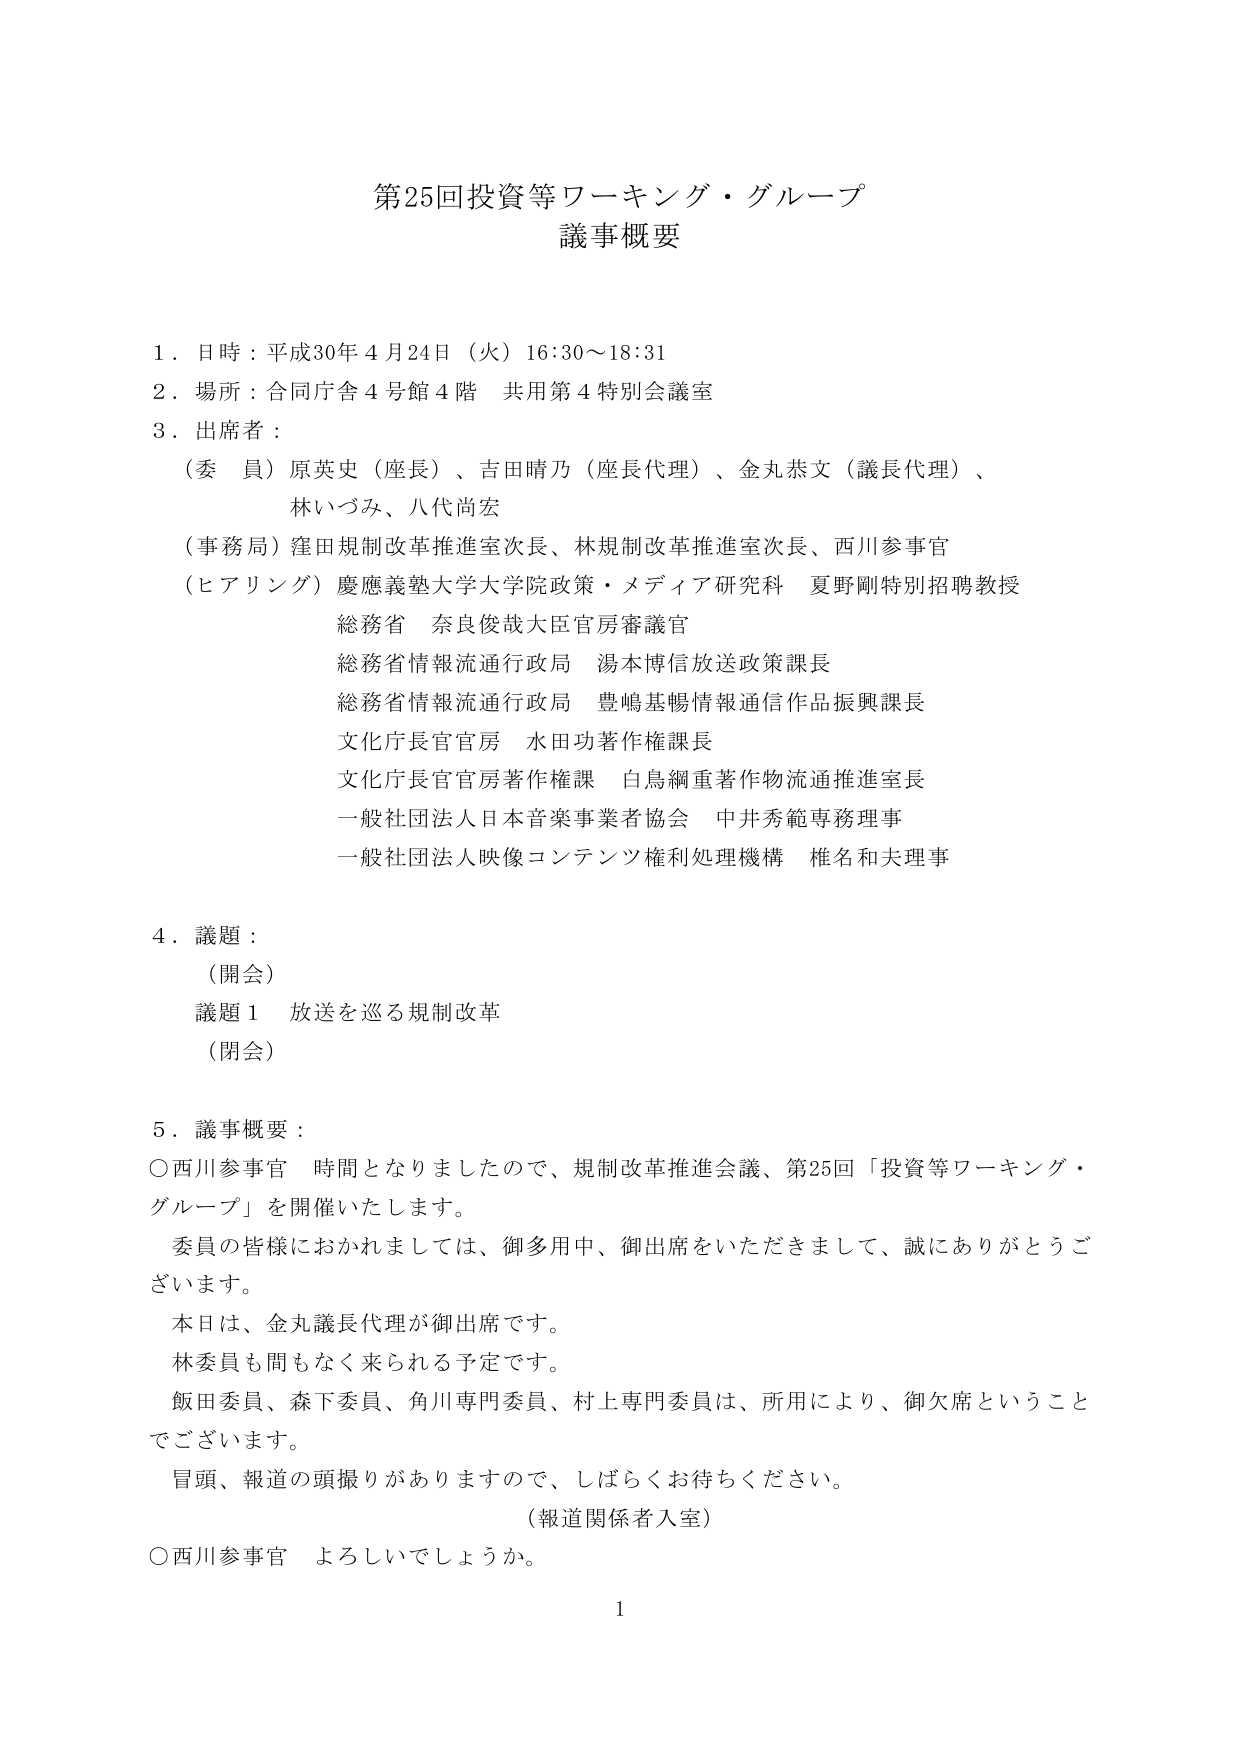
第25回投資等ワーキング・グループ
議事概要

１．日時：平成30年4月24日（火）16:30～18:31
２．場所：合同庁舎4号館4階 共用第4特別会議室
３．出席者：
　（委員）原英史（座長）、吉田晴乃（座長代理）、金丸恭文（議長代理）、
　　　　　林いづみ、八代尚宏
　（事務局）窪田規制改革推進室次長、林規制改革推進室次長、西川参事官
　（ヒアリング）慶應義塾大学大学院政策・メディア研究科 夏野剛特別招聘教授
　　　　　　　総務省 奈良俊哉大臣官房審議官
　　　　　　　総務省情報流通行政局 湯本博信放送政策課長
　　　　　　　総務省情報流通行政局 豊嶋基暢情報通信作品振興課長
　　　　　　　文化庁長官官房 水田功著作権課長
　　　　　　　文化庁長官官房著作権課 白鳥綱重著作物流通推進室長
　　　　　　　一般社団法人日本音楽事業者協会 中井秀範専務理事
　　　　　　　一般社団法人映像コンテンツ権利処理機構 椎名和大理事

４．議題：
　（開会）
　議題1 放送を巡る規制改革
　（閉会）

５．議事概要：
　○西川参事官 時間となりましたので、規制改革推進会議、第25回「投資等ワーキング・グループ」を開催いたします。
　　委員の皆様におかれましては、御多用中、御出席をいただきまして、誠にありがとうございます。
　　本日は、金丸議長代理が御出席です。
　　林委員も間もなく来られる予定です。
　　飯田委員、森下委員、角川専門委員、村上専門委員は、所用により、御欠席ということでございます。
　　冒頭、報道の頭撮りがありますので、しばらくお待ちください。
　　　　　　　　　　　　　　　　　　　（報道関係者入室）
　○西川参事官 よろしいでしょうか。

1